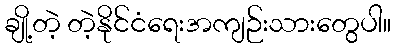
ချို့တဲ့ တဲ့နိုင်ငံရေးအကျဉ်းသားတွေပါ။